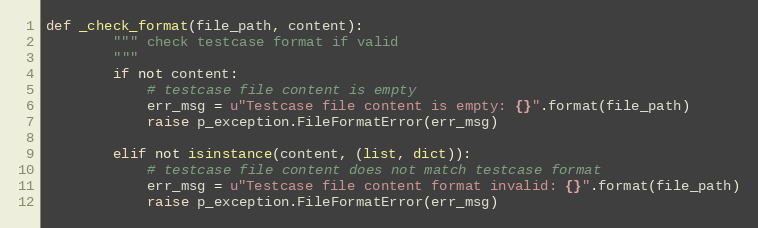
Language: Python
def _check_format(file_path, content):
        """ check testcase format if valid
        """
        if not content:
            # testcase file content is empty
            err_msg = u"Testcase file content is empty: {}".format(file_path)
            raise p_exception.FileFormatError(err_msg)

        elif not isinstance(content, (list, dict)):
            # testcase file content does not match testcase format
            err_msg = u"Testcase file content format invalid: {}".format(file_path)
            raise p_exception.FileFormatError(err_msg)